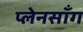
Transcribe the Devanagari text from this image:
प्लेनसाँग